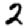
Digit: 2